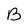
Character: B